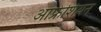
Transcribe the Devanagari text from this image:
आफ्रेशियन